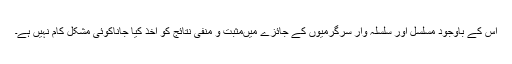
اس کے باوجود مسلسل اور سلسلہ وار سرگرمیوں کے جائزے میںمثبت و منفی نتائج کو اخذ کیا جاناکوئی مشکل کام نہیں ہے۔